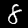
Digit: 8